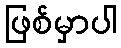
ဖြစ်မှာပါ